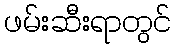
ဖမ်းဆီးရာတွင်